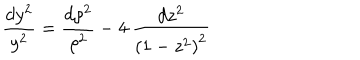
\frac { d y ^ { 2 } } { y ^ { 2 } } = \frac { { d \rho ^ { 2 } } } { \rho ^ { 2 } } - 4 \: \frac { d z ^ { 2 } } { \left( 1 - z ^ { 2 } \right) ^ { 2 } }